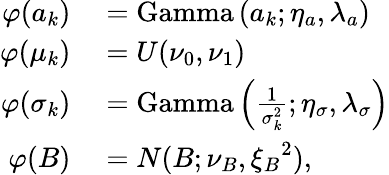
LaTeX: \begin{array}{rl}{\varphi(a_{k})}&{{}=\textup{Gamma}\left(a_{k};\eta_{a},\lambda_{a}\right)}\\ {\varphi(\mu_{k})}&{{}=U(\nu_{0},\nu_{1})}\\ {\varphi(\sigma_{k})}&{{}=\textup{Gamma}\left(\frac{1}{\sigma_{k}^{2}};\eta_{\sigma},\lambda_{\sigma}\right)}\\ {\varphi(B)}&{{}=N(B;\nu_{B},{\xi_{B}}^{2}),}\end{array}